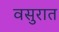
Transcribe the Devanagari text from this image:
वसुरात